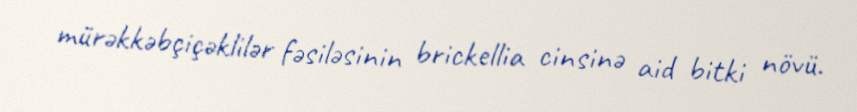
mürəkkəbçiçəklilər fəsiləsinin brickellia cinsinə aid bitki növü.